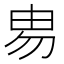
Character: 𰢻